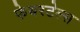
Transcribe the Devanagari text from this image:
फेयरटेल्स